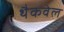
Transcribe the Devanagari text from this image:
थैकवेल